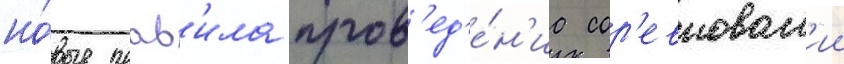
но́вые прав'ила пров'ед'е́н'иа сор'евнован'ии